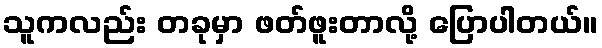
သူကလည်း တခုမှာ ဖတ်ဖူးတာလို့ ပြောပါတယ်။